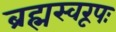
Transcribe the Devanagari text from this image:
ब्रह्मस्वरूपः